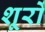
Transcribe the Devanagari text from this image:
शूरों